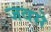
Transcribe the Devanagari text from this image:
जवसे